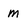
Character: M